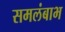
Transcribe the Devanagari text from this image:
समलंबाभ